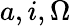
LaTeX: a,i,\Omega